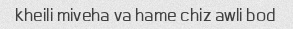
kheili miveha va hame chiz awli bod